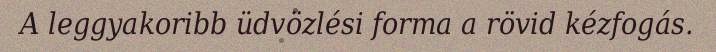
A leggyakoribb üdvözlési forma a rövid kézfogás.